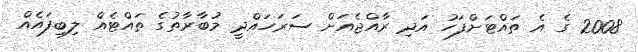
2008 ގެ އެ ތައްޓަށްފަހު އަދި ރާއްޖެއަށް ސަރަހައްދީ މުބާރާތުގެ ތައްޓެއް ލިބިފައެއް